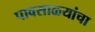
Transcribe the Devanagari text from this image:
पावसाळ्यांचा